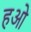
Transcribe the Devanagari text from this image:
हओ